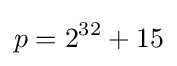
p=2^{32}+15